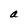
Character: a